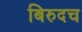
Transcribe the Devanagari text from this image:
बिरुदच